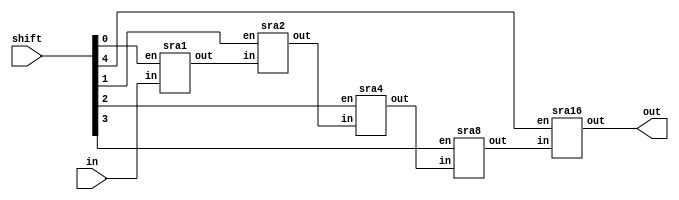
module sra(in, shift, out);
	
	input [31:0] in; 
	input [4:0] shift;
	output [31:0] out;
	
	wire [31:0] mid [3:0];
	
	sra1 s1(in,  mid[0], shift[0]);
	sra2 s2(mid[0], mid[1], shift[1]);
	sra4 s4(mid[1], mid[2], shift[2]);
	sra8 s8(mid[2], mid[3], shift[3]);
	sra16 s16(mid[3], out, shift[4]);
	
endmodule


module sra1(in, out, en);

	input en;
	input[31:0] in;
	output[31:0] out;
	wire[31:0] shifted;
	
	assign shifted[30:0] = in[31:1];
	
	generate
		genvar i;
		for(i=31; i>=31; i=i-1) begin: loop2
			assign shifted[i] = en? in[31] : in[i];
		end
	endgenerate
	
	generate
		genvar j;
		for(j=0; j<32; j=j+1) begin: loop1
			assign out[j] = en? shifted[j] : in[j];
		end
	endgenerate

endmodule


module sra2(in, out, en);

	input en;
	input[31:0] in;
	output[31:0] out;
	wire[31:0] shifted;
	
	assign shifted[29:0] = in[31:2];
	
	generate
		genvar i;
		for(i=31; i>=30; i=i-1) begin: loop2
			assign shifted[i] = en? in[31] : in[i];
		end
	endgenerate
	
	generate
		genvar j;
		for(j=0; j<32; j=j+1) begin: loop1
			assign out[j] = en? shifted[j] : in[j];
		end
	endgenerate

endmodule


module sra4(in, out, en);

	input en;
	input[31:0] in;
	output[31:0] out;
	wire[31:0] shifted;
	
	assign shifted[27:0] = in[31:4];
	
	generate
		genvar i;
		for(i=31; i>=28; i=i-1) begin: loop2
			assign shifted[i] = en? in[31] : in[i];
		end
	endgenerate
	
	generate
		genvar j;
		for(j=0; j<32; j=j+1) begin: loop1
			assign out[j] = en? shifted[j] : in[j];
		end
	endgenerate

endmodule


module sra8(in, out, en);

	input en;
	input[31:0] in;
	output[31:0] out;
	wire[31:0] shifted;
	
	assign shifted[23:0] = in[31:8];
	
	generate
		genvar i;
		for(i=31; i>=24; i=i-1) begin: loop2
			assign shifted[i] = en? in[31] : in[i];
		end
	endgenerate
	
	generate
		genvar j;
		for(j=0; j<32; j=j+1) begin: loop1
			assign out[j] = en? shifted[j] : in[j];
		end
	endgenerate

endmodule


module sra16(in, out, en);

	input en;
	input[31:0] in;
	output[31:0] out;
	wire[31:0] shifted;
	
	assign shifted[15:0] = in[31:16];
	
	generate
		genvar i;
		for(i=31; i>=16; i=i-1) begin: loop2
			assign shifted[i] = en? in[31] : in[i];
		end
	endgenerate
	
	generate
		genvar j;
		for(j=0; j<32; j=j+1) begin: loop1
			assign out[j] = en? shifted[j] : in[j];
		end
	endgenerate

endmodule